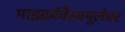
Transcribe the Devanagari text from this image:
माइक्रोवैस्क्यूलेचर